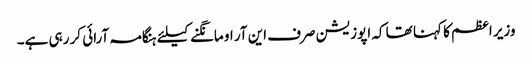
وزیر اعظم کا کہنا تھا کہ اپوزیشن صرف این آر او مانگنے کیلئے ہنگامہ آرائی کر رہی ہے۔